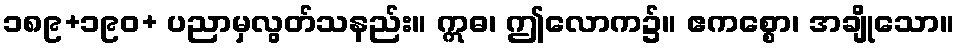
၁၈၉+၁၉၀+ ပညာမှလွတ်သနည်း။ ဣဓ၊ ဤလောက၌။ ဧကစ္စော၊ အချိုသော။